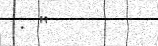
. "